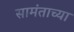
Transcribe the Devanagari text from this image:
सामंताच्या